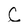
Character: C